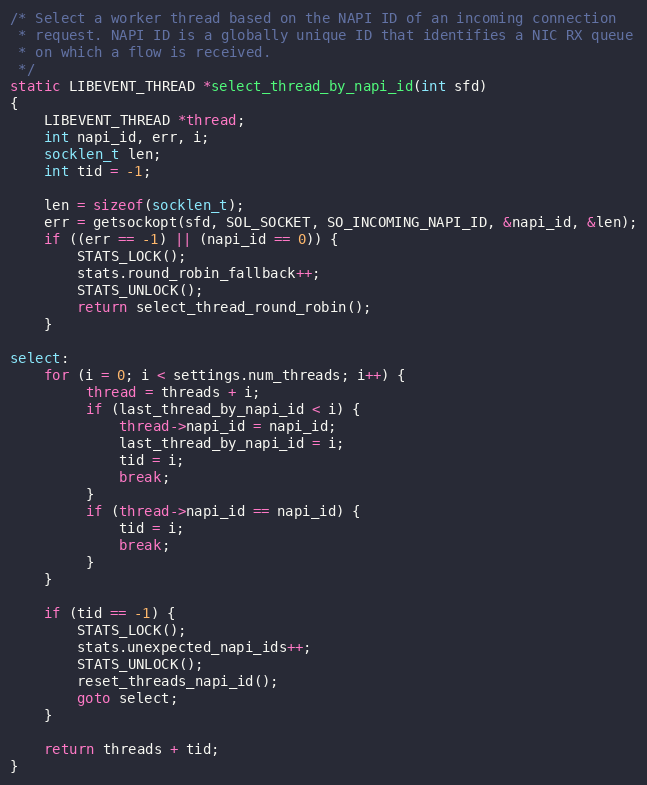
Language: C
/* Select a worker thread based on the NAPI ID of an incoming connection
 * request. NAPI ID is a globally unique ID that identifies a NIC RX queue
 * on which a flow is received.
 */
static LIBEVENT_THREAD *select_thread_by_napi_id(int sfd)
{
    LIBEVENT_THREAD *thread;
    int napi_id, err, i;
    socklen_t len;
    int tid = -1;

    len = sizeof(socklen_t);
    err = getsockopt(sfd, SOL_SOCKET, SO_INCOMING_NAPI_ID, &napi_id, &len);
    if ((err == -1) || (napi_id == 0)) {
        STATS_LOCK();
        stats.round_robin_fallback++;
        STATS_UNLOCK();
        return select_thread_round_robin();
    }

select:
    for (i = 0; i < settings.num_threads; i++) {
         thread = threads + i;
         if (last_thread_by_napi_id < i) {
             thread->napi_id = napi_id;
             last_thread_by_napi_id = i;
             tid = i;
             break;
         }
         if (thread->napi_id == napi_id) {
             tid = i;
             break;
         }
    }

    if (tid == -1) {
        STATS_LOCK();
        stats.unexpected_napi_ids++;
        STATS_UNLOCK();
        reset_threads_napi_id();
        goto select;
    }

    return threads + tid;
}